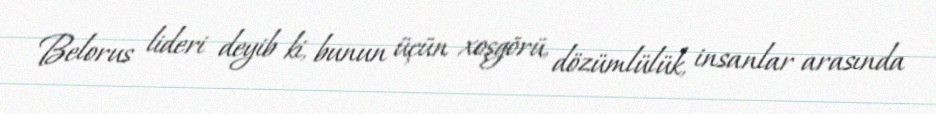
Belorus lideri deyib ki, bunun üçün xoşgörü, dözümlülük, insanlar arasında